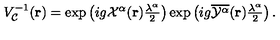
V _ { \cal { C } } ^ { - 1 } ( { \bf { r } } ) = \exp \left( i g { \cal X } ^ { \alpha } ( { \bf { r } } ) { \textstyle \frac { \lambda ^ { \alpha } } { 2 } } \right) \exp \left( i g { \overline { { { \cal { Y } } ^ { \alpha } } } } ( { \bf { r } } ) { \textstyle \frac { \lambda ^ { \alpha } } { 2 } } \right) .